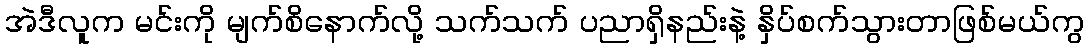
အဲဒီလူက မင်းကို မျက်စိနောက်လို့ သက်သက် ပညာရှိနည်းနဲ့ နှိပ်စက်သွားတာဖြစ်မယ်ကွ